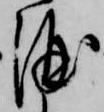
酒